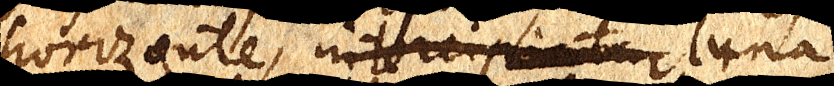
horizonte, intercipxx luna